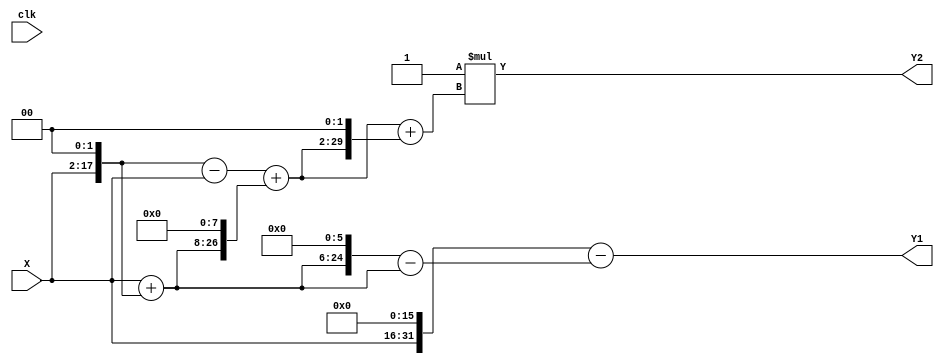
/*
-- Arish Alreja: ECE 4902 Special Problems Spring 2006
-- School of Electrical & Computer Engineering
-- Georgia Institute of Technology
-- Atlanta, GA 30332
--
-- 64 point FFT Processor 
--		
-- 2 32 bit fixed point multipliers */
module SCM (
    clk,
    X,
    Y1,
    Y2
);

  // Port mode declarations:
  input clk;
  input  signed  [15:00] X;
  output signed  [31:0]
    Y1,
    Y2;

  wire [31:0] Y [0:1];

  assign Y1 = Y[0];
  assign Y2 = Y[1];

  //Multipliers:

  wire signed [31:00]
    w1,
    w4,
    w5,
    w320,
    w315,
    w65536,
    w65221,
    w3,
    w1280,
    w1283,
    w5132,
    w6415,
    w6415_;

  assign w1 = X;
  assign w4 = w1 << 2;
  assign w5 = w1 + w4;
  assign w320 = w5 << 6;
  assign w315 = w320 - w5;
  assign w65536 = w1 << 16;
  assign w65221 = w65536 - w315;
  assign w3 = w4 - w1;
  assign w1280 = w5 << 8;
  assign w1283 = w3 + w1280;
  assign w5132 = w1283 << 2;
  assign w6415 = w1283 + w5132;
  assign w6415_ = -1 * w6415;

  assign Y[0] = w65221[31:00];
  assign Y[1] = w6415_[31:00];

endmodule //multiplier_block